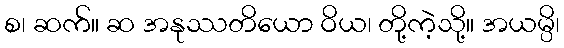
စ၊ ဆက်။ ဆ အနုဿတိယော ဝိယ၊ တို့ကဲ့သို့။ အယမ္ပိ၊